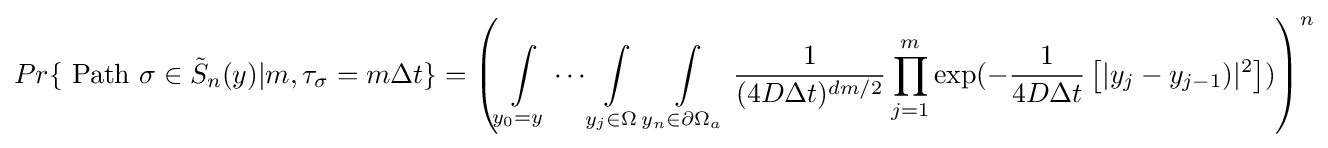
Pr\{{\hbox{ Path }}\sigma \in {\tilde {S}}_{n}(y)|m,\tau _{\sigma }=m\Delta t\}=\left(\int \limits _{{y}_{0}=y}\cdots \int \limits _{{y}_{j}\in \Omega }\int \limits _{{y}_{n}\in \partial \Omega _{a}}{\frac {1}{(4D\Delta t)^{dm/2}}}\prod _{j=1}^{m}\exp(-{\frac {1}{4D\Delta t}}\left[|{y}_{j}-{y}_{j-1})|^{2}\right])\right)^{n}